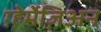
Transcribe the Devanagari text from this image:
ग़्हेर्मेज़िअन